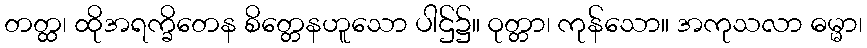
တတ္ထ၊ ထိုအရက္ခိတေန စိတ္တေနဟူသော ပါဌ်၌။ ဝုတ္တာ၊ ကုန်သော။ အကုသလာ ဓမ္မာ၊